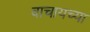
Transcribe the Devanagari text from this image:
वाचायच्या